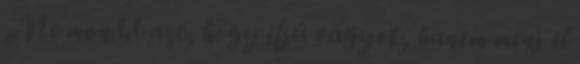
„Ne mondd azt, hogy ifjú vagyok, hanem menj el